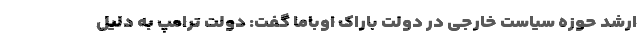
ارشد حوزه سیاست خارجی در دولت باراک اوباما گفت: دولت ترامپ به دلیل